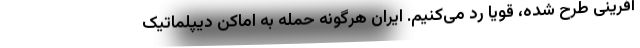
‌آفرینی طرح شده، قویا رد می‌کنیم. ایران هرگونه حمله به اماکن دیپلماتیک